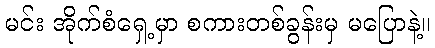
မင်း အိုက်စံရှေ့မှာ စကားတစ်ခွန်းမှ မပြောနဲ့။